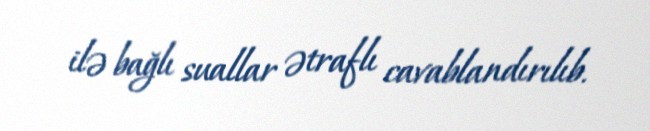
ilə bağlı suallar ətraflı cavablandırılıb.